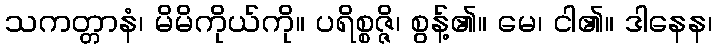
သကတ္တာနံ၊ မိမိကိုယ်ကို။ ပရိစ္စဇ္ဇိ၊ စွန့်၏။ မေ၊ ငါ၏။ ဒါနေန၊